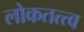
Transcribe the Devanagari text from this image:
लोकतत्त्व